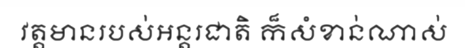
វត្តមានរបស់អន្តរជាតិ ក៏សំខាន់ណាស់